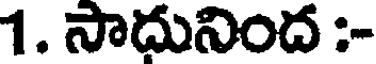
1. సాదునింద :-